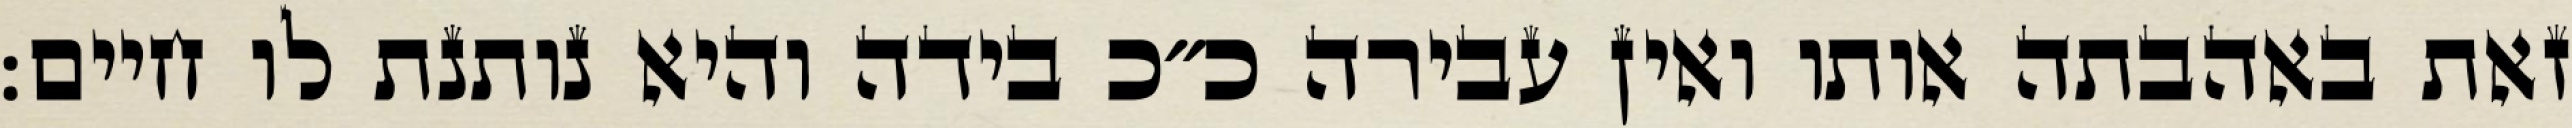
זאת באהבתה אותו ואין עבירה כ״כ בידה והיא נותנת לו חיים: